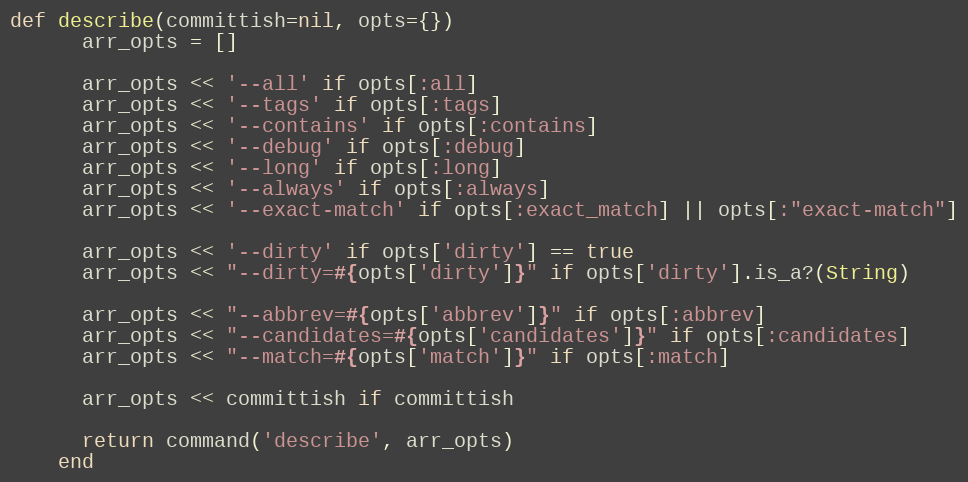
Language: Ruby
def describe(committish=nil, opts={})
      arr_opts = []

      arr_opts << '--all' if opts[:all]
      arr_opts << '--tags' if opts[:tags]
      arr_opts << '--contains' if opts[:contains]
      arr_opts << '--debug' if opts[:debug]
      arr_opts << '--long' if opts[:long]
      arr_opts << '--always' if opts[:always]
      arr_opts << '--exact-match' if opts[:exact_match] || opts[:"exact-match"]

      arr_opts << '--dirty' if opts['dirty'] == true
      arr_opts << "--dirty=#{opts['dirty']}" if opts['dirty'].is_a?(String)

      arr_opts << "--abbrev=#{opts['abbrev']}" if opts[:abbrev]
      arr_opts << "--candidates=#{opts['candidates']}" if opts[:candidates]
      arr_opts << "--match=#{opts['match']}" if opts[:match]

      arr_opts << committish if committish

      return command('describe', arr_opts)
    end